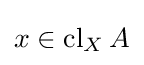
x\in \operatorname {cl} _{X}A